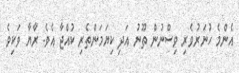
އެންމެ ހުނަރުވެރި ވިސްނުން ތޫނު އަދި ކިޔަމަންތެރި ކުއްޖާ އެވެ. ރާޔާ ވަކިވެ